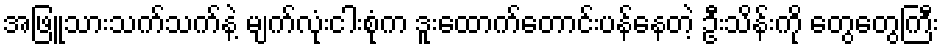
အဖြူသားသက်သက်နဲ့ မျက်လုံးငါးစုံက ဒူးထောက်တောင်းပန်နေတဲ့ ဦးသိန်းကို တွေတွေကြီး